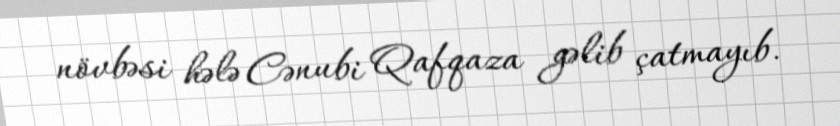
növbəsi hələ Cənubi Qafqaza gəlib çatmayıb.